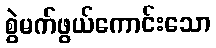
စွဲမက်ဖွယ်ကောင်းသော